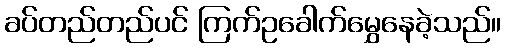
ခပ်တည်တည်ပင် ကြက်ဥခေါက်မွှေနေခဲ့သည်။